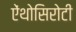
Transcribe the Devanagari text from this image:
ऐंथोसिरोटी